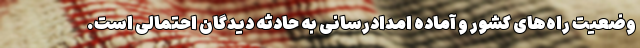
وضعیت راه‌های کشور و آماده امدادرسانی به حادثه دیدگان احتمالی است.